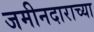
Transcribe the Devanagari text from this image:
जमीनदाराच्या